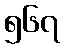
၅၆၇